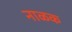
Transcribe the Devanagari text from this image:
नाळक